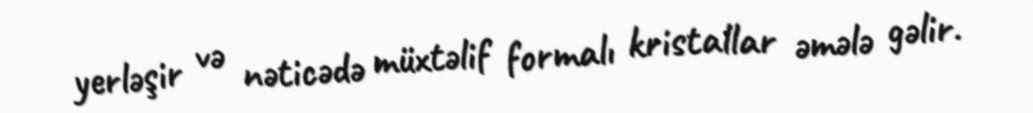
yerləşir və nəticədə müxtəlif formalı kristallar əmələ gəlir.